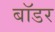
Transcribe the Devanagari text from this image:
बाॅडर